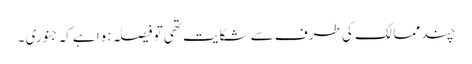
چند ممالک کی طرف سے شکایت تھی تو فیصلہ ہوا ہے کہ جنوری ۔